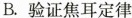
B.验证焦耳定律